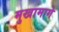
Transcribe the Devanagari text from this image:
मुखामागे